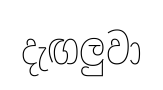
දැඟලුවා